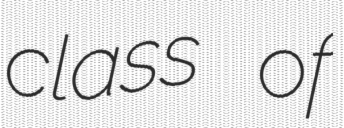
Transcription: class of